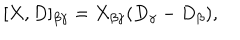
[ X , D ] _ { \beta \gamma } = X _ { \beta \gamma } ( D _ { \gamma } - D _ { \beta } ) ,